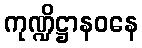
ကုဏ္ဍိဋ္ဌာနဝနေ